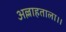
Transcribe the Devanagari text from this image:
अल्लाहताला।।